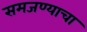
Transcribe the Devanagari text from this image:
समजण्याचा